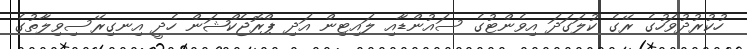
ހުކުރުދުވަހުގެ ރޭގެ ކުލަގަދަ އިވެންޓުގެ ސައުންޑާއި ލައިޓިން އަދި ޕްރޮޖެކްޝަން ހެދީ އިނގިރޭސިވިލާތުގެ